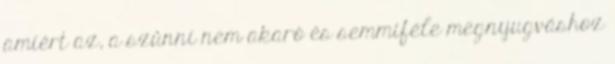
amiért az, a szûnni nem akaró és semmiféle megnyugváshoz